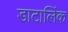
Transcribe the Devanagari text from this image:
डाटालिंक